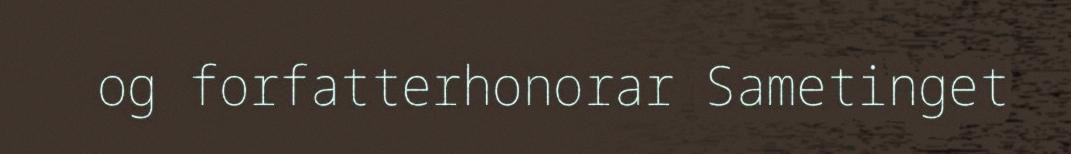
og forfatterhonorar Sametinget